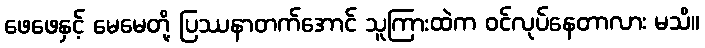
ဖေဖေနှင့် မေမေတို့ ပြဿနာတက်အောင် သူကြားထဲက ဝင်လုပ်နေတာလား မသိ။